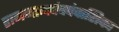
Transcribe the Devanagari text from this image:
रामनामपंचपंचाशिका